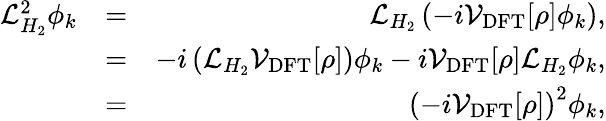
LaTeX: \begin{array}{rlr}{\mathcal{L}_{H_{2}}^{2}\phi_{k}}&{=}&{\mathcal{L}_{H_{2}}\left(-i\mathcal{V}_{\mathrm{DFT}}[\rho]\phi_{k}\right),}\\ &{=}&{-i\left(\mathcal{L}_{H_{2}}\mathcal{V}_{\mathrm{DFT}}[\rho]\right)\phi_{k}-i\mathcal{V}_{\mathrm{DFT}}[\rho]\mathcal{L}_{H_{2}}\phi_{k},}\\ &{=}&{\left(-i\mathcal{V}_{\mathrm{DFT}}[\rho]\right)^{2}\phi_{k},}\end{array}